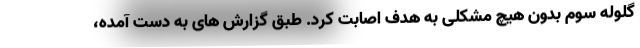
گلوله سوم بدون هیچ مشکلی به هدف اصابت کرد. طبق گزارش های به دست آمده،